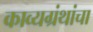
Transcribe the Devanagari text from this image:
काव्यग्रंथांचा